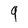
Character: 9